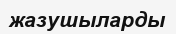
жазушыларды